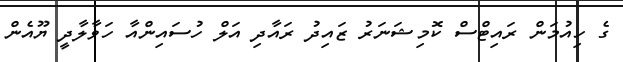
ގެ ހިއުމަން ރައިޓްސް ކޮމިޝަނަރު ޒައިދު ރައާދި އަލް ހުސައިންއާ ހަވާލާދީ ޔޫއެން